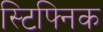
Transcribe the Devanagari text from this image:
स्टिफ्निक